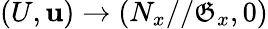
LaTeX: (U,\mathbf{u})\to(N_{x}//\mathfrak{G}_{x},0)